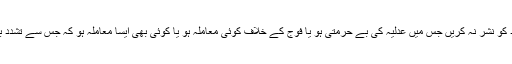
پیمرا نے تمام ٹی وی چینلز کو حکم دیا کہ وہ ایسے مواد کو نشر نہ کریں جس میں عدلیہ کی بے حرمتی ہو یا فوج کے خلاف کوئی معاملہ ہو یا کوئی بھی ایسا معاملہ ہو کہ جس سے تشدد بھڑک اٹھے اور ریاست مخالف عناصر کو حوصلہ ملے۔